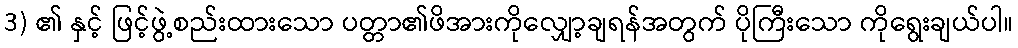
3) ၏ နှင့် ဖြင့်ဖွဲ့စည်းထားသော ပတ္တာ၏ဖိအားကိုလျှော့ချရန်အတွက် ပိုကြီးသော ကိုရွေးချယ်ပါ။